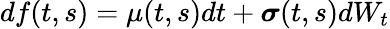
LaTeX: df(t,s)=\mu(t,s)dt+{\boldsymbol{\sigma}}(t,s)dW_{t}